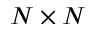
N \times N